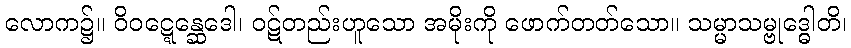
လောက၌။ ဝိဝဋ္ဋေန္ဆေဒေါ၊ ဝဋ်တည်းဟူသော အမိုးကို ဖောက်တတ်သော။ သမ္မာသမ္ဗုဒ္ဓေါတိ၊